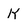
Character: K